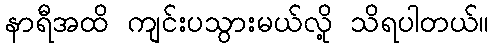
နာရီအထိ ကျင်းပသွားမယ်လို့ သိရပါတယ်။